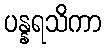
ပန္နရသိကာ